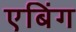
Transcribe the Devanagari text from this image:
एबिंग